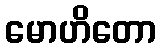
မောဟိတော